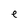
Character: e